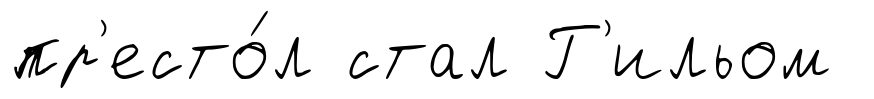
пр'есто́л стал Г'ильом